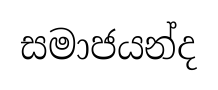
සමාජයන්ද